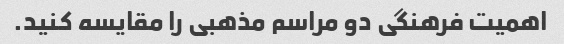
اهمیت فرهنگی دو مراسم مذهبی را مقایسه کنید.